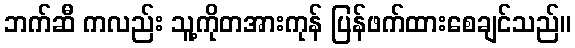
ဘက်ဆီ ကလည်း သူ့ကိုတအားကုန် ပြန်ဖက်ထားစေချင်သည်။